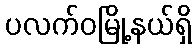
ပလက်ဝမြို့နယ်ရှိ